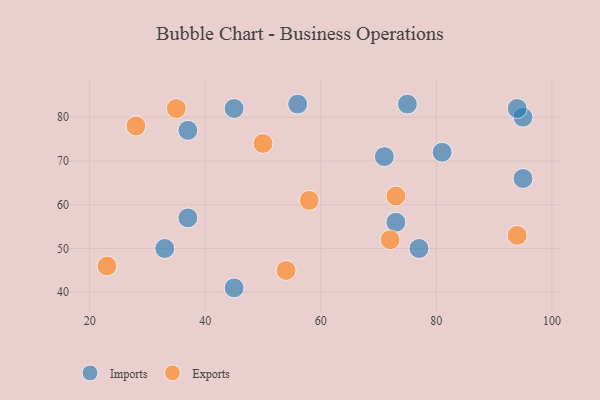
{"axis": {"x": "GDP", "y": "Life Expectancy"}, "legend": ["Exports", "Imports"], "data": [{"x": "56", "y": 83, "type": "Imports"}, {"x": "95", "y": 66, "type": "Imports"}, {"x": "33", "y": 50, "type": "Imports"}, {"x": "77", "y": 50, "type": "Imports"}, {"x": "71", "y": 71, "type": "Imports"}, {"x": "95", "y": 80, "type": "Imports"}, {"x": "75", "y": 83, "type": "Imports"}, {"x": "37", "y": 77, "type": "Imports"}, {"x": "94", "y": 82, "type": "Imports"}, {"x": "45", "y": 41, "type": "Imports"}, {"x": "73", "y": 56, "type": "Imports"}, {"x": "81", "y": 72, "type": "Imports"}, {"x": "37", "y": 57, "type": "Imports"}, {"x": "45", "y": 82, "type": "Imports"}, {"x": "54", "y": 45, "type": "Exports"}, {"x": "35", "y": 82, "type": "Exports"}, {"x": "94", "y": 53, "type": "Exports"}, {"x": "58", "y": 61, "type": "Exports"}, {"x": "73", "y": 62, "type": "Exports"}, {"x": "28", "y": 78, "type": "Exports"}, {"x": "23", "y": 46, "type": "Exports"}, {"x": "72", "y": 52, "type": "Exports"}, {"x": "50", "y": 74, "type": "Exports"}]}